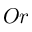
O r